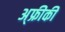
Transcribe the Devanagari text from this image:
अ्फ्रीकी